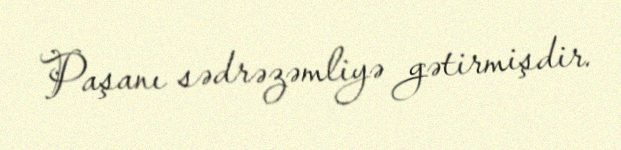
Paşanı sədrəzəmliyə gətirmişdir.